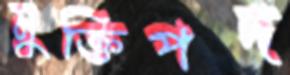
মুক্তিপদ